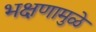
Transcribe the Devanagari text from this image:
भक्षणामुळे